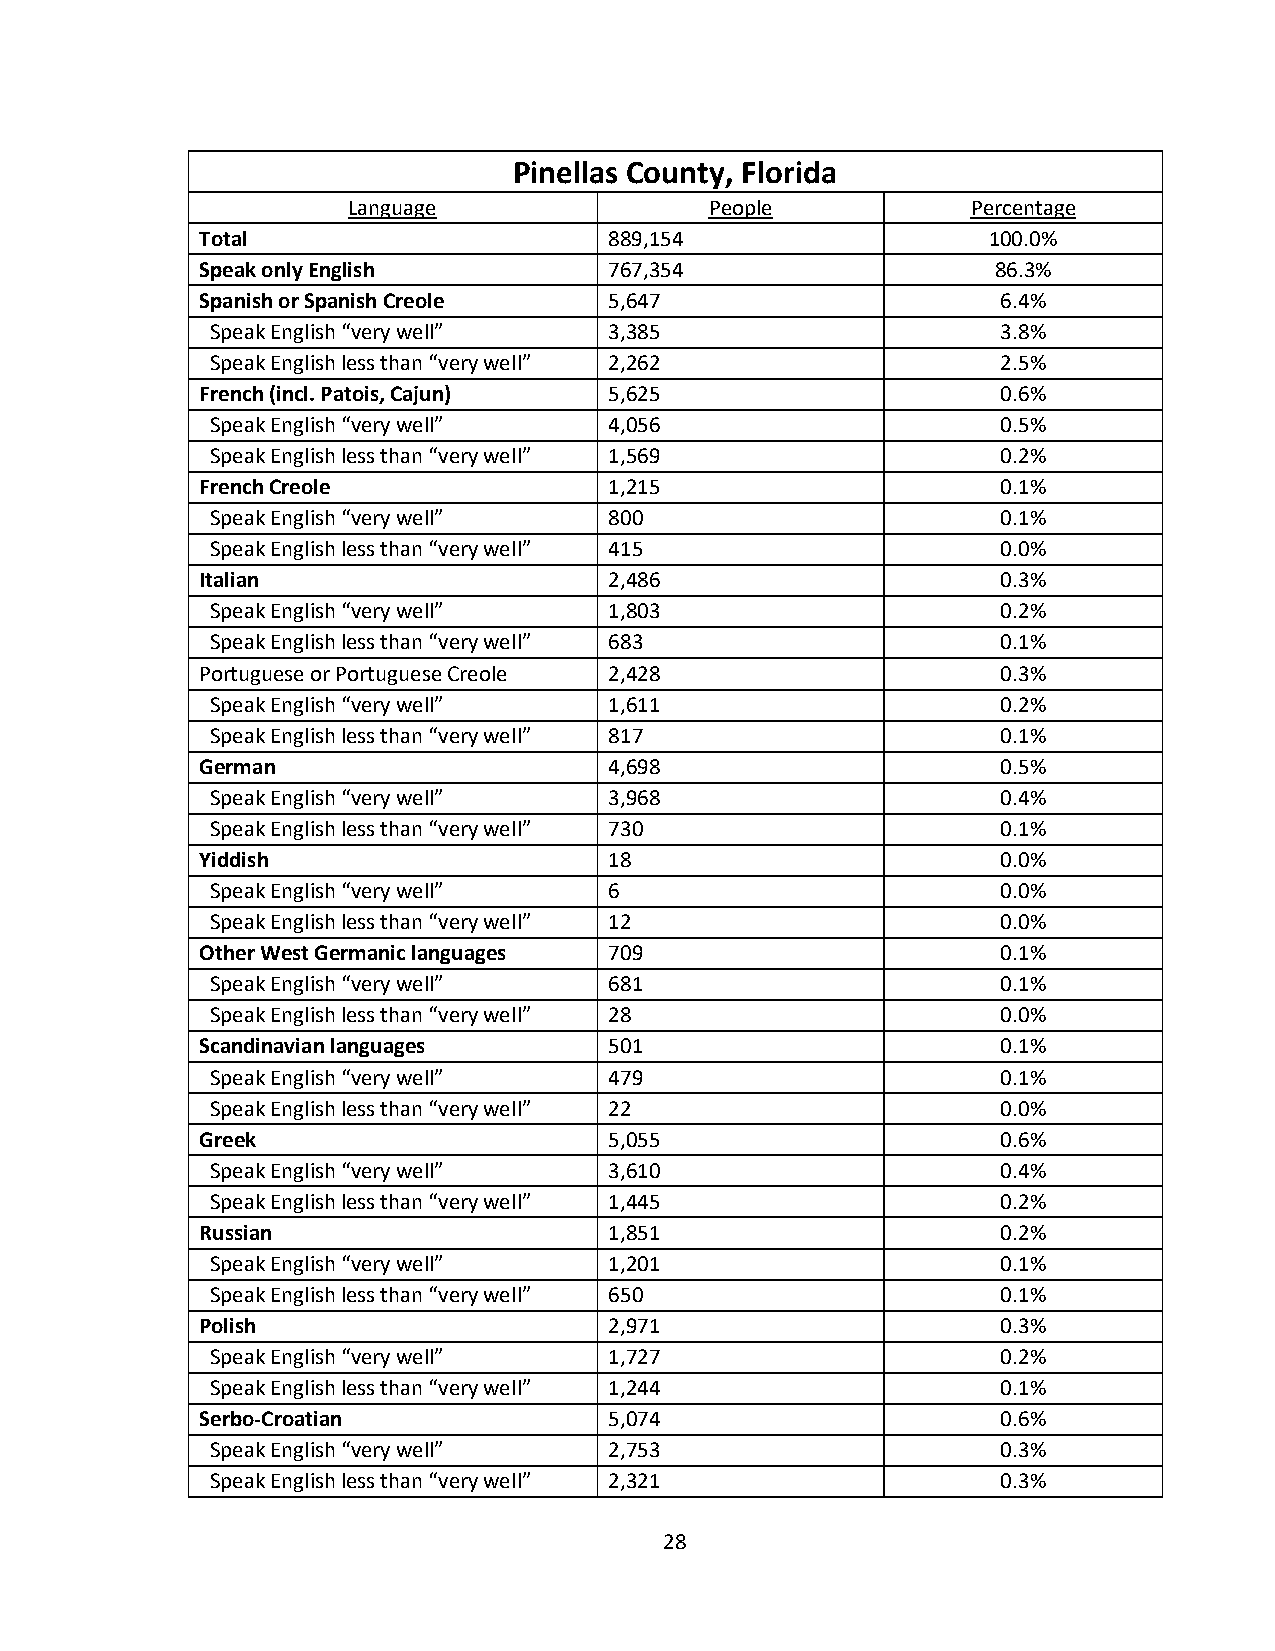
Pinellas County, Florida
 Language                People           Percentage
 Total                      889,154                  100.0%
 Speak only English         767,354                   86.3%
 Spanish or Spanish Creole  5,647                     6.4%
 Speak English “very well” 3,385                     3.8%
 Speak English less than “very well” 2,262           2.5%
 French (incl. Patois, Cajun) 5,625                   0.6%
 Speak English “very well” 4,056                     0.5%
 Speak English less than “very well” 1,569           0.2%
 French Creole              1,215                     0.1%
 Speak English “very well” 800                       0.1%
 Speak English less than “very well” 415             0.0%
 Italian                    2,486                     0.3%
 Speak English “very well” 1,803                     0.2%
 Speak English less than “very well” 683             0.1%
 Portuguese or Portuguese Creole 2,428                0.3%
 Speak English “very well” 1,611                     0.2%
 Speak English less than “very well” 817             0.1%
 German                     4,698                     0.5%
 Speak English “very well” 3,968                     0.4%
 Speak English less than “very well” 730             0.1%
 Yiddish                    18                        0.0%
 Speak English “very well” 6                         0.0%
 Speak English less than “very well” 12              0.0%
 Other West Germanic languages 709                    0.1%
 Speak English “very well” 681                       0.1%
 Speak English less than “very well” 28              0.0%
 Scandinavian languages     501                       0.1%
 Speak English “very well” 479                       0.1%
 Speak English less than “very well” 22              0.0%
 Greek                      5,055                     0.6%
 Speak English “very well” 3,610                     0.4%
 Speak English less than “very well” 1,445           0.2%
 Russian                    1,851                     0.2%
 Speak English “very well” 1,201                     0.1%
 Speak English less than “very well” 650             0.1%
 Polish                     2,971                     0.3%
 Speak English “very well” 1,727                     0.2%
 Speak English less than “very well” 1,244           0.1%
 Serbo-Croatian             5,074                     0.6%
 Speak English “very well” 2,753                     0.3%
 Speak English less than “very well” 2,321           0.3%
 28